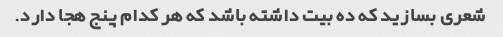
شعری بسازید که ده بیت داشته باشد که هر کدام پنج هجا دارد.